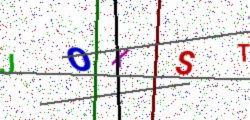
Text: JOXST